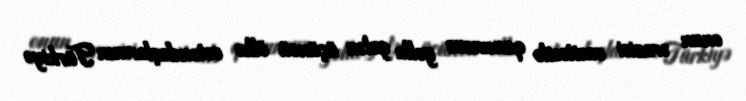
onun ərazisi vasitəsilə qanunsuz yolla gələn üçüncü ölkə vətəndaşlarının Türkiyə